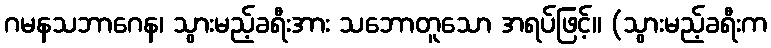
ဂမနသဘာဂေန၊ သွားမည့်ခရီးအား သဘောတူသော အရပ်ဖြင့်။ (သွားမည့်ခရီးက